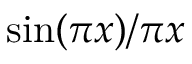
\sin ( \pi x ) / \pi x